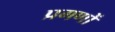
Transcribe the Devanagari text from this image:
प्रगणों